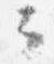
云